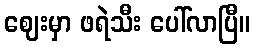
ဈေးမှာ ဖရဲသီး ပေါ်လာပြီ။